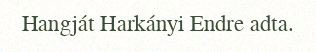
Hangját Harkányi Endre adta.